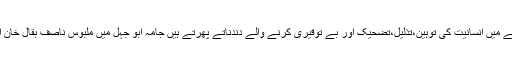
انھیں اس بات کا شدید قلق ہے کہ قحط الرجال کے موجودہ زمانے میں انسانیت کی توہین،تذلیل،تضحیک اور بے توقیری کرنے والے دندناتے پھرتے ہیں جامہ ابو جہل میں ملبوس ناصف بقال خان اور شباہت شمر قماش کے خفاش انسانیت کے در پئے آزار ہیں۔